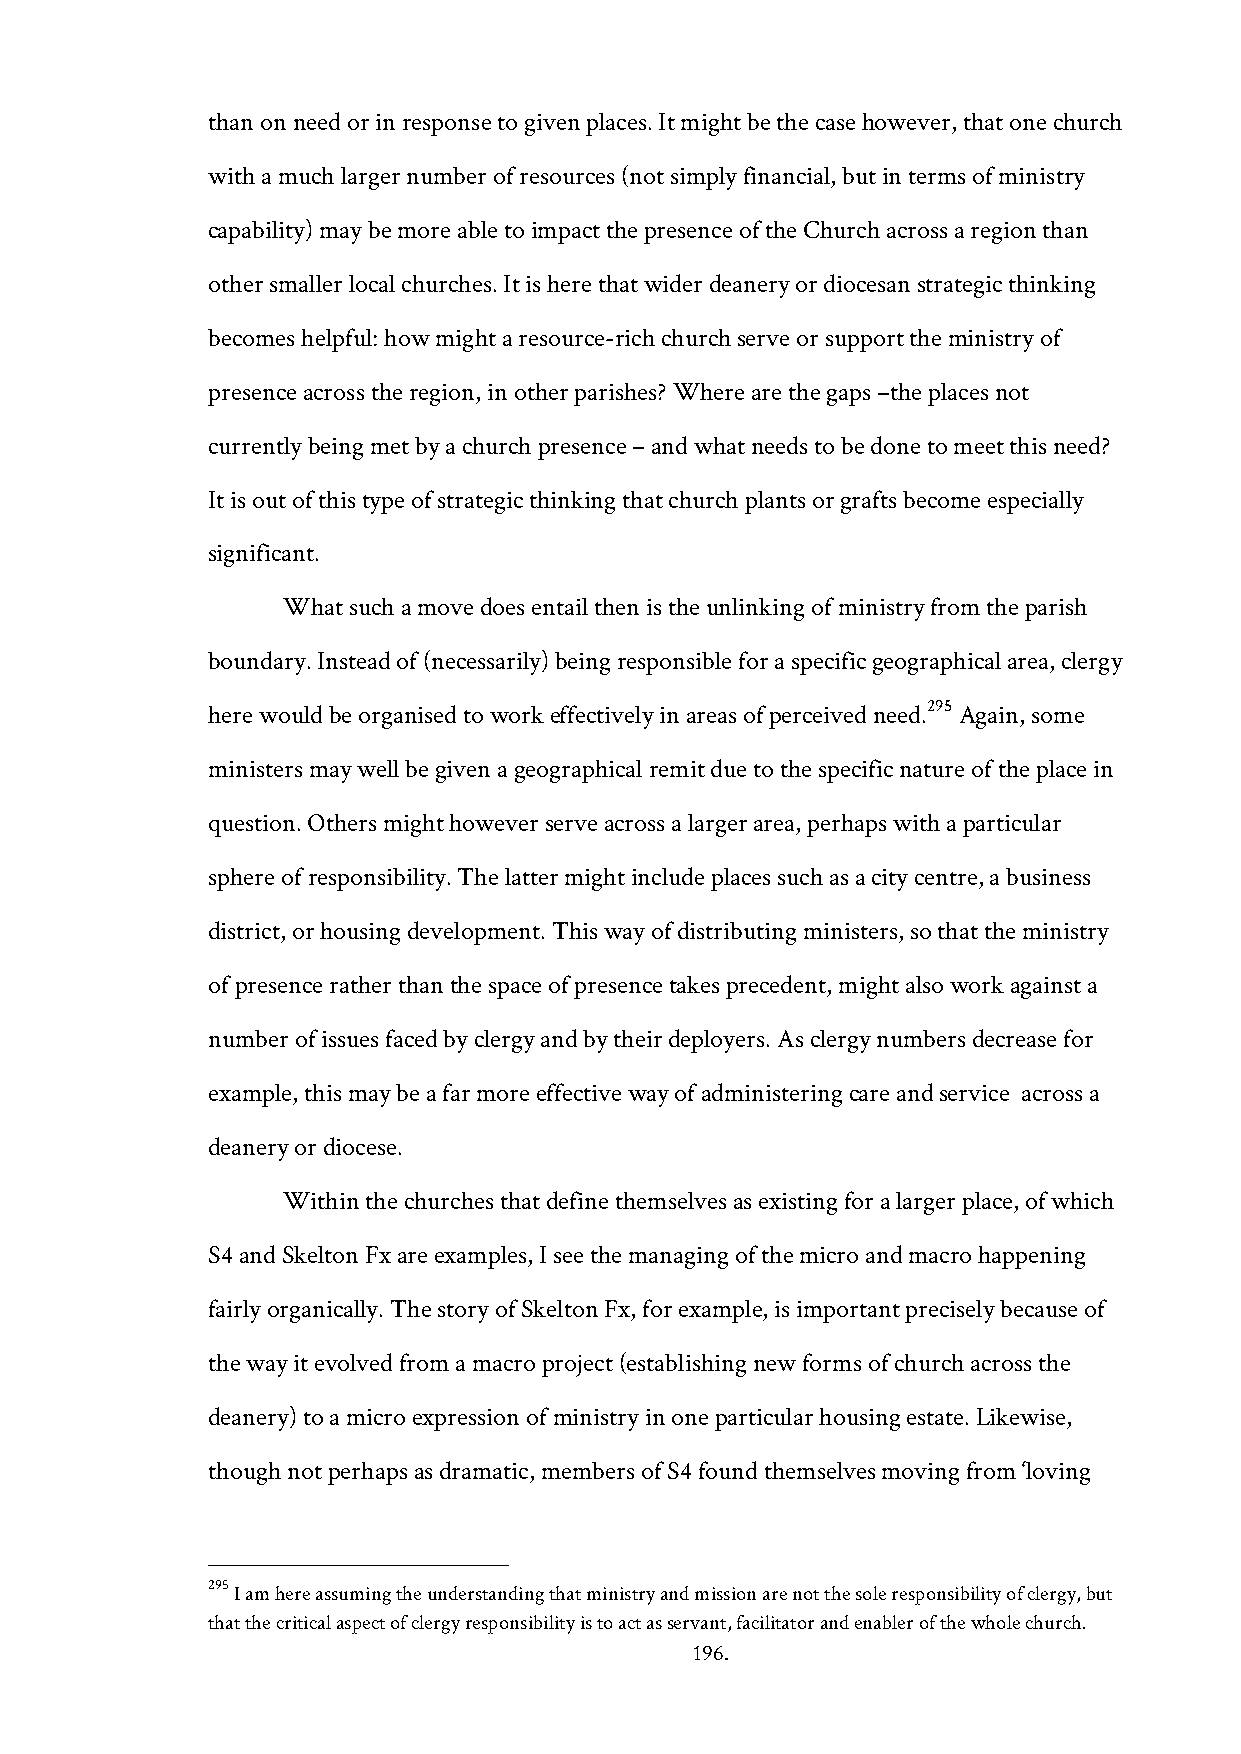
than on need or in response to given places. It might be the case however, that one church
 with a much larger number of resources (not simply financial, but in terms of ministry
 capability) may be more able to impact the presence of the Church across a region than
 other smaller local churches. It is here that wider deanery or diocesan strategic thinking
 becomes helpful: how might a resource-rich church serve or support the ministry of
 presence across the region, in other parishes? Where are the gaps –the places not
 currently being met by a church presence – and what needs to be done to meet this need?
 It is out of this type of strategic thinking that church plants or grafts become especially
 significant.
 What such a move does entail then is the unlinking of ministry from the parish
 boundary. Instead of (necessarily) being responsible for a specific geographical area, clergy
 295
 here would be organised to work effectively in areas of perceived need. Again, some
 ministers may well be given a geographical remit due to the specific nature of the place in
 question. Others might however serve across a larger area, perhaps with a particular
 sphere of responsibility. The latter might include places such as a city centre, a business
 district, or housing development. This way of distributing ministers, so that the ministry
 of presence rather than the space of presence takes precedent, might also work against a
 number of issues faced by clergy and by their deployers. As clergy numbers decrease for
 example, this may be a far more effective way of administering care and service across a
 deanery or diocese.
 Within the churches that define themselves as existing for a larger place, of which
 S4 and Skelton Fx are examples, I see the managing of the micro and macro happening
 fairly organically. The story of Skelton Fx, for example, is important precisely because of
 the way it evolved from a macro project (establishing new forms of church across the
 deanery) to a micro expression of ministry in one particular housing estate. Likewise,
 though not perhaps as dramatic, members of S4 found themselves moving from ‘loving
 295 I am here assuming the understanding that ministry and mission are not the sole responsibility of clergy, but
 that the critical aspect of clergy responsibility is to act as servant, facilitator and enabler of the whole church.
 196.